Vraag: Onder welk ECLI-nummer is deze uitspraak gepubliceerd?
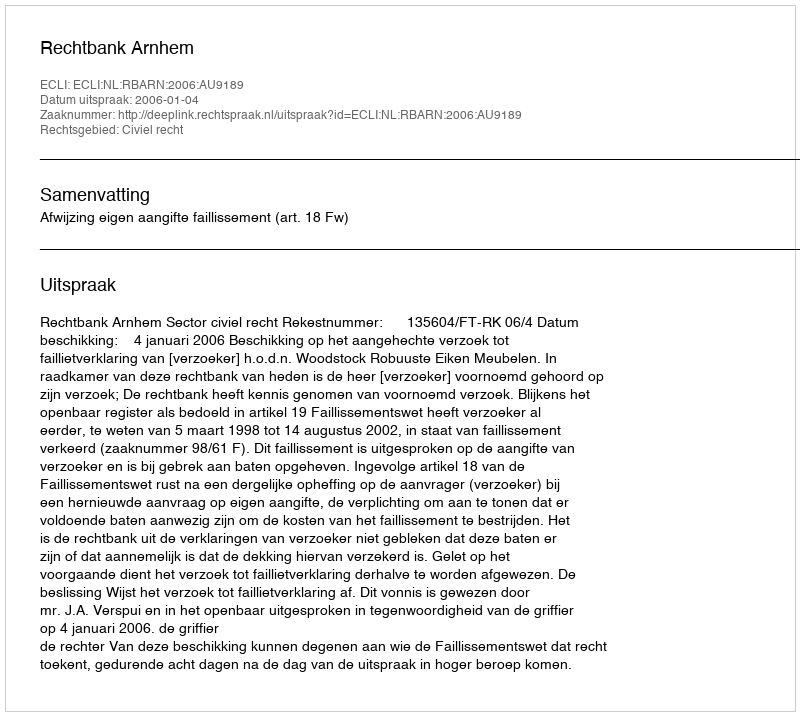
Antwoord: ECLI:NL:RBARN:2006:AU9189